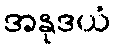
အနုဒယံ